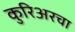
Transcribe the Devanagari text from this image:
कुरिअरचा